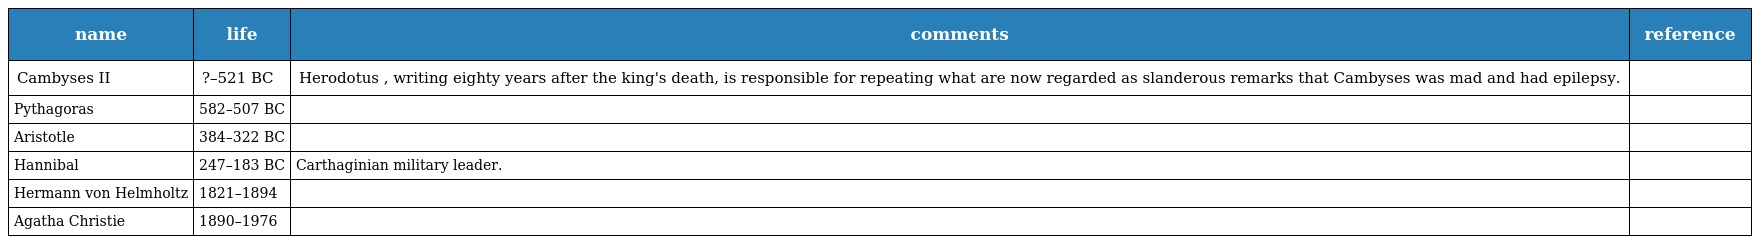
| name | life | comments | reference |
 | --- | --- | --- | --- |
 | Cambyses II | ?–521 BC | Herodotus , writing eighty years after the king's death, is responsible for repeating what are now regarded as slanderous remarks that Cambyses was mad and had epilepsy. |  |
 | Pythagoras | 582–507 BC |  |  |
 | Aristotle | 384–322 BC |  |  |
 | Hannibal | 247–183 BC | Carthaginian military leader. |  |
 | Hermann von Helmholtz | 1821–1894 |  |  |
 | Agatha Christie | 1890–1976 |  |  |